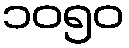
၁၀၅၀